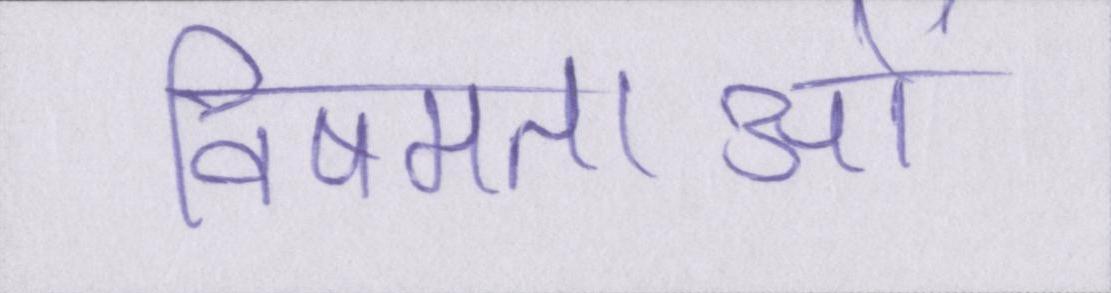
विषमताओं